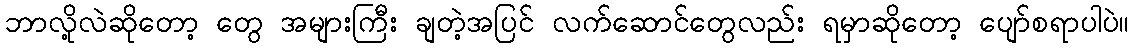
ဘာလို့လဲဆိုတော့ တွေ အများကြီး ချတဲ့အပြင် လက်ဆောင်တွေလည်း ရမှာဆိုတော့ ပျော်စရာပါပဲ။